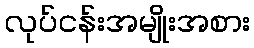
လုပ်ငန်းအမျိုးအစား